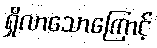
ရှိလာသောကြောင့်